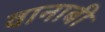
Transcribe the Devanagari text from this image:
वानाबी